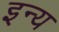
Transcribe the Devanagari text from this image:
इन्य